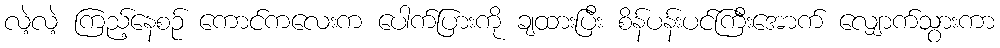
လဲ့လဲ့ ကြည့်နေစဉ် ကောင်ကလေးက ပေါက်ပြားကို ချထားပြီး စိန်ပန်းပင်ကြီးအောက် လျှောက်သွားကာ